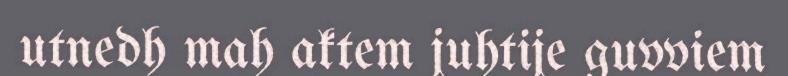
utnedh mah aktem juhtije guvviem